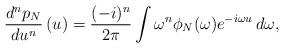
LaTeX: \begin{align*}\frac{d^n p_{N}}{d u^n}\left(u\right) = \frac{(-i)^n}{2 \pi} \int \omega^n \phi_{N}(\omega) e^{-i \omega u} \,d\omega,\end{align*}